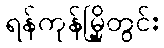
ရန်ကုန်မြို့တွင်း